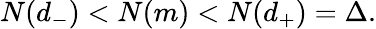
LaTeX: N(d_{-})<N(m)<N(d_{+})=\Delta.